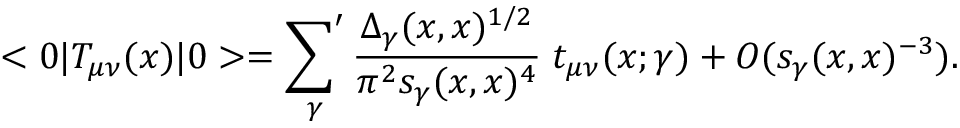
< 0 | T _ { \mu \nu } ( x ) | 0 > = \mathop { { \sum } ^ { \prime } } _ { \gamma } { \frac { \Delta _ { \gamma } ( x , x ) ^ { 1 / 2 } } { \pi ^ { 2 } s _ { \gamma } ( x , x ) ^ { 4 } } } \; t _ { \mu \nu } ( x ; \gamma ) + O ( s _ { \gamma } ( x , x ) ^ { - 3 } ) .